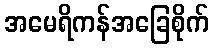
အမေရိကန်အခြေစိုက်